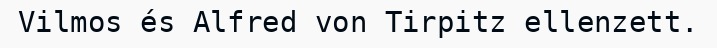
Vilmos és Alfred von Tirpitz ellenzett.